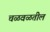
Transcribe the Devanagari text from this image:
चळवळतील